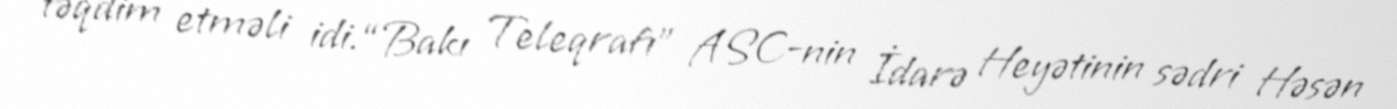
təqdim etməli idi.“Bakı Teleqrafı” ASC-nin İdarə Heyətinin sədri Həsən